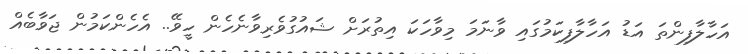
އަހާލާފިންތަ އަޑު އަހާލާފިކަމުގައި ވާނަމަ މިވާހަކަ އިތުރަށް ޝައުގުވެރިވާނެހެން ހީވޭ.. އެހެންކަމުން ޖަވާބެއް